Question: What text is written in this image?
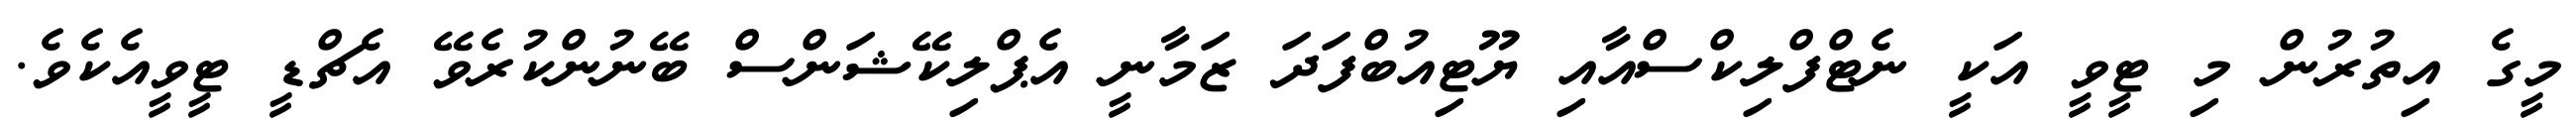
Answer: މީގެ އިތުރުން މި ޓީވީ އަކީ ނެޓްފްލިކްސްއާއި ޔޫޓިއުބްފަދަ ޒަމާނީ އެޕްލިކޭޝަންސް ބޭނުންކުރެވޭ އެޗްޑީ ޓީވީއެކެވެ.